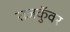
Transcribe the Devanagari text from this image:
राजकुॅवर